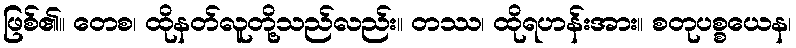
ဖြစ်၏။ တေစ၊ ထိုနတ်လူတို့သည်လည်း။ တဿ၊ ထိုရဟန်းအား။ စတုပစ္စယေန၊